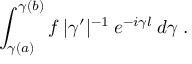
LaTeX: \int _ { \gamma ( a ) } ^ { \gamma ( b ) } f \: | \gamma ^ { \prime } | ^ { - 1 } \: e ^ { - i \gamma l } \: d \gamma \; .